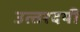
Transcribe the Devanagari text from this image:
उत्‍तरदयी